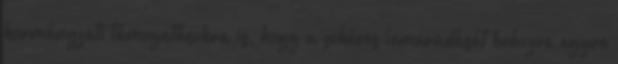
kormányzati támogatásokra is, hogy a sokéves lemaradását behozva egyre